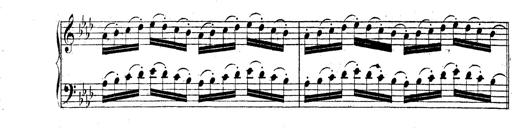
Title: Technische Studien
Composer: Franz Liszt